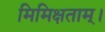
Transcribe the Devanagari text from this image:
मिमिक्षताम्।